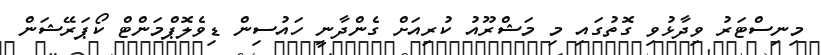
މިނިސްޓަރު ވިދާޅުވި ގޮތުގައި މި މަޝްރޫއު ކުރިއަށް ގެންދާނީ ހައުސިން ޑިވެލޮޕްމަންޓް ކޯޕަރޭޝަން